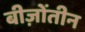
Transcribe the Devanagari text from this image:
बीज़ोंतीन